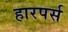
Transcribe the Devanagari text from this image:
हारपर्स